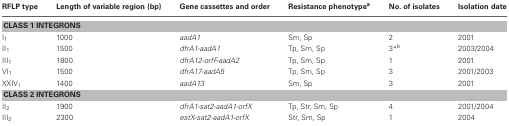
<table><thead><tr><td><b>RFLP type</b></td><td><b>Length of variable region (bp)</b></td><td><b>Gene cassettes and order</b></td><td><b>Resistance phenotype<sup>a</sup></b></td><td><b>No. of isolates</b></td><td><b>Isolation date</b></td></tr></thead><tbody><tr><td colspan="6"><b>CLASS 1 INTEGRONS</b></td></tr><tr><td>I<sub>1</sub></td><td>1000</td><td><i>aadA1</i></td><td>Sm, Sp</td><td>2</td><td>2001</td></tr><tr><td>II<sub>1</sub></td><td>1500</td><td><i>dfrA1-aadA1</i></td><td>Tp, Sm, Sp</td><td>3<sup>*b</sup></td><td>2003/2004</td></tr><tr><td>III<sub>1</sub></td><td>1800</td><td><i>dfrA12-orfF-aadA2</i></td><td>Tp, Sm, Sp</td><td>1</td><td>2001</td></tr><tr><td>VI<sub>1</sub></td><td>1500</td><td><i>dfrA17-aadA5</i></td><td>Tp, Sm, Sp</td><td>3</td><td>2001/2003</td></tr><tr><td>XXIV<sub>1</sub></td><td>1400</td><td><i>aadA13</i></td><td>Sm, Sp</td><td>3</td><td>2001</td></tr><tr><td colspan="6"><b>CLASS 2 INTEGRONS</b></td></tr><tr><td>II<sub>2</sub></td><td>1900</td><td><i>dfrA1-sat2-aadA1-orfX</i></td><td>Tp, Str, Sm, Sp</td><td>4</td><td>2001/2004</td></tr><tr><td>III<sub>2</sub></td><td>2300</td><td><i>estX-sat2-aadA1-orfX</i></td><td>Str, Sm, Sp</td><td>1</td><td>2004</td></tr></tbody></table>